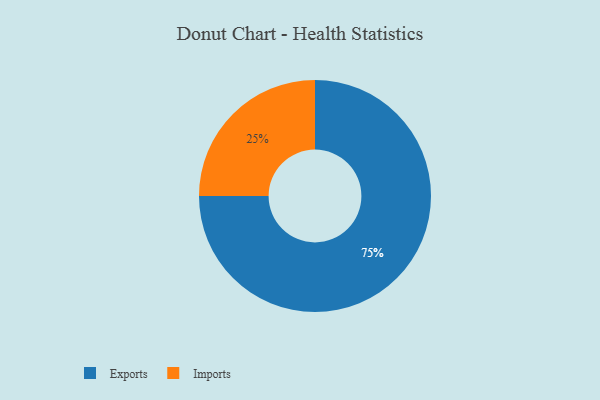
{"axis": {"x": "Category", "y": "Percentage"}, "legend": ["Exports", "Imports"], "data": [{"x": "Exports", "y": 75, "type": "Exports"}, {"x": "Imports", "y": 25, "type": "Imports"}]}